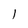
Character: I